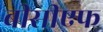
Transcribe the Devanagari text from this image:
बीसीएफ